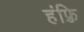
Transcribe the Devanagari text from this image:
हंफ़्रि